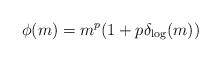
LaTeX: \begin{align*}\phi(m)=m^p (1+p\delta_{\log}(m))\end{align*}